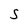
Character: S